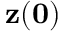
{ \bf z ( 0 ) }